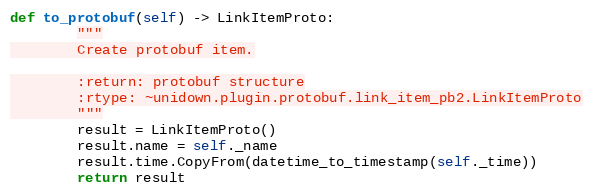
Language: Python
def to_protobuf(self) -> LinkItemProto:
        """
        Create protobuf item.

        :return: protobuf structure
        :rtype: ~unidown.plugin.protobuf.link_item_pb2.LinkItemProto
        """
        result = LinkItemProto()
        result.name = self._name
        result.time.CopyFrom(datetime_to_timestamp(self._time))
        return result